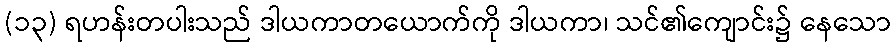
(၁၃) ရဟန်းတပါးသည် ဒါယကာတယောက်ကို ဒါယကာ၊ သင်၏ကျောင်း၌ နေသော